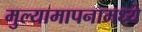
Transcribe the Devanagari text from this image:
मुल्यामापनामध्ये